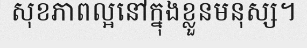
សុខភាពល្អនៅក្នុងខ្លួនមនុស្ស។